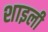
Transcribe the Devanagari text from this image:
शाइली